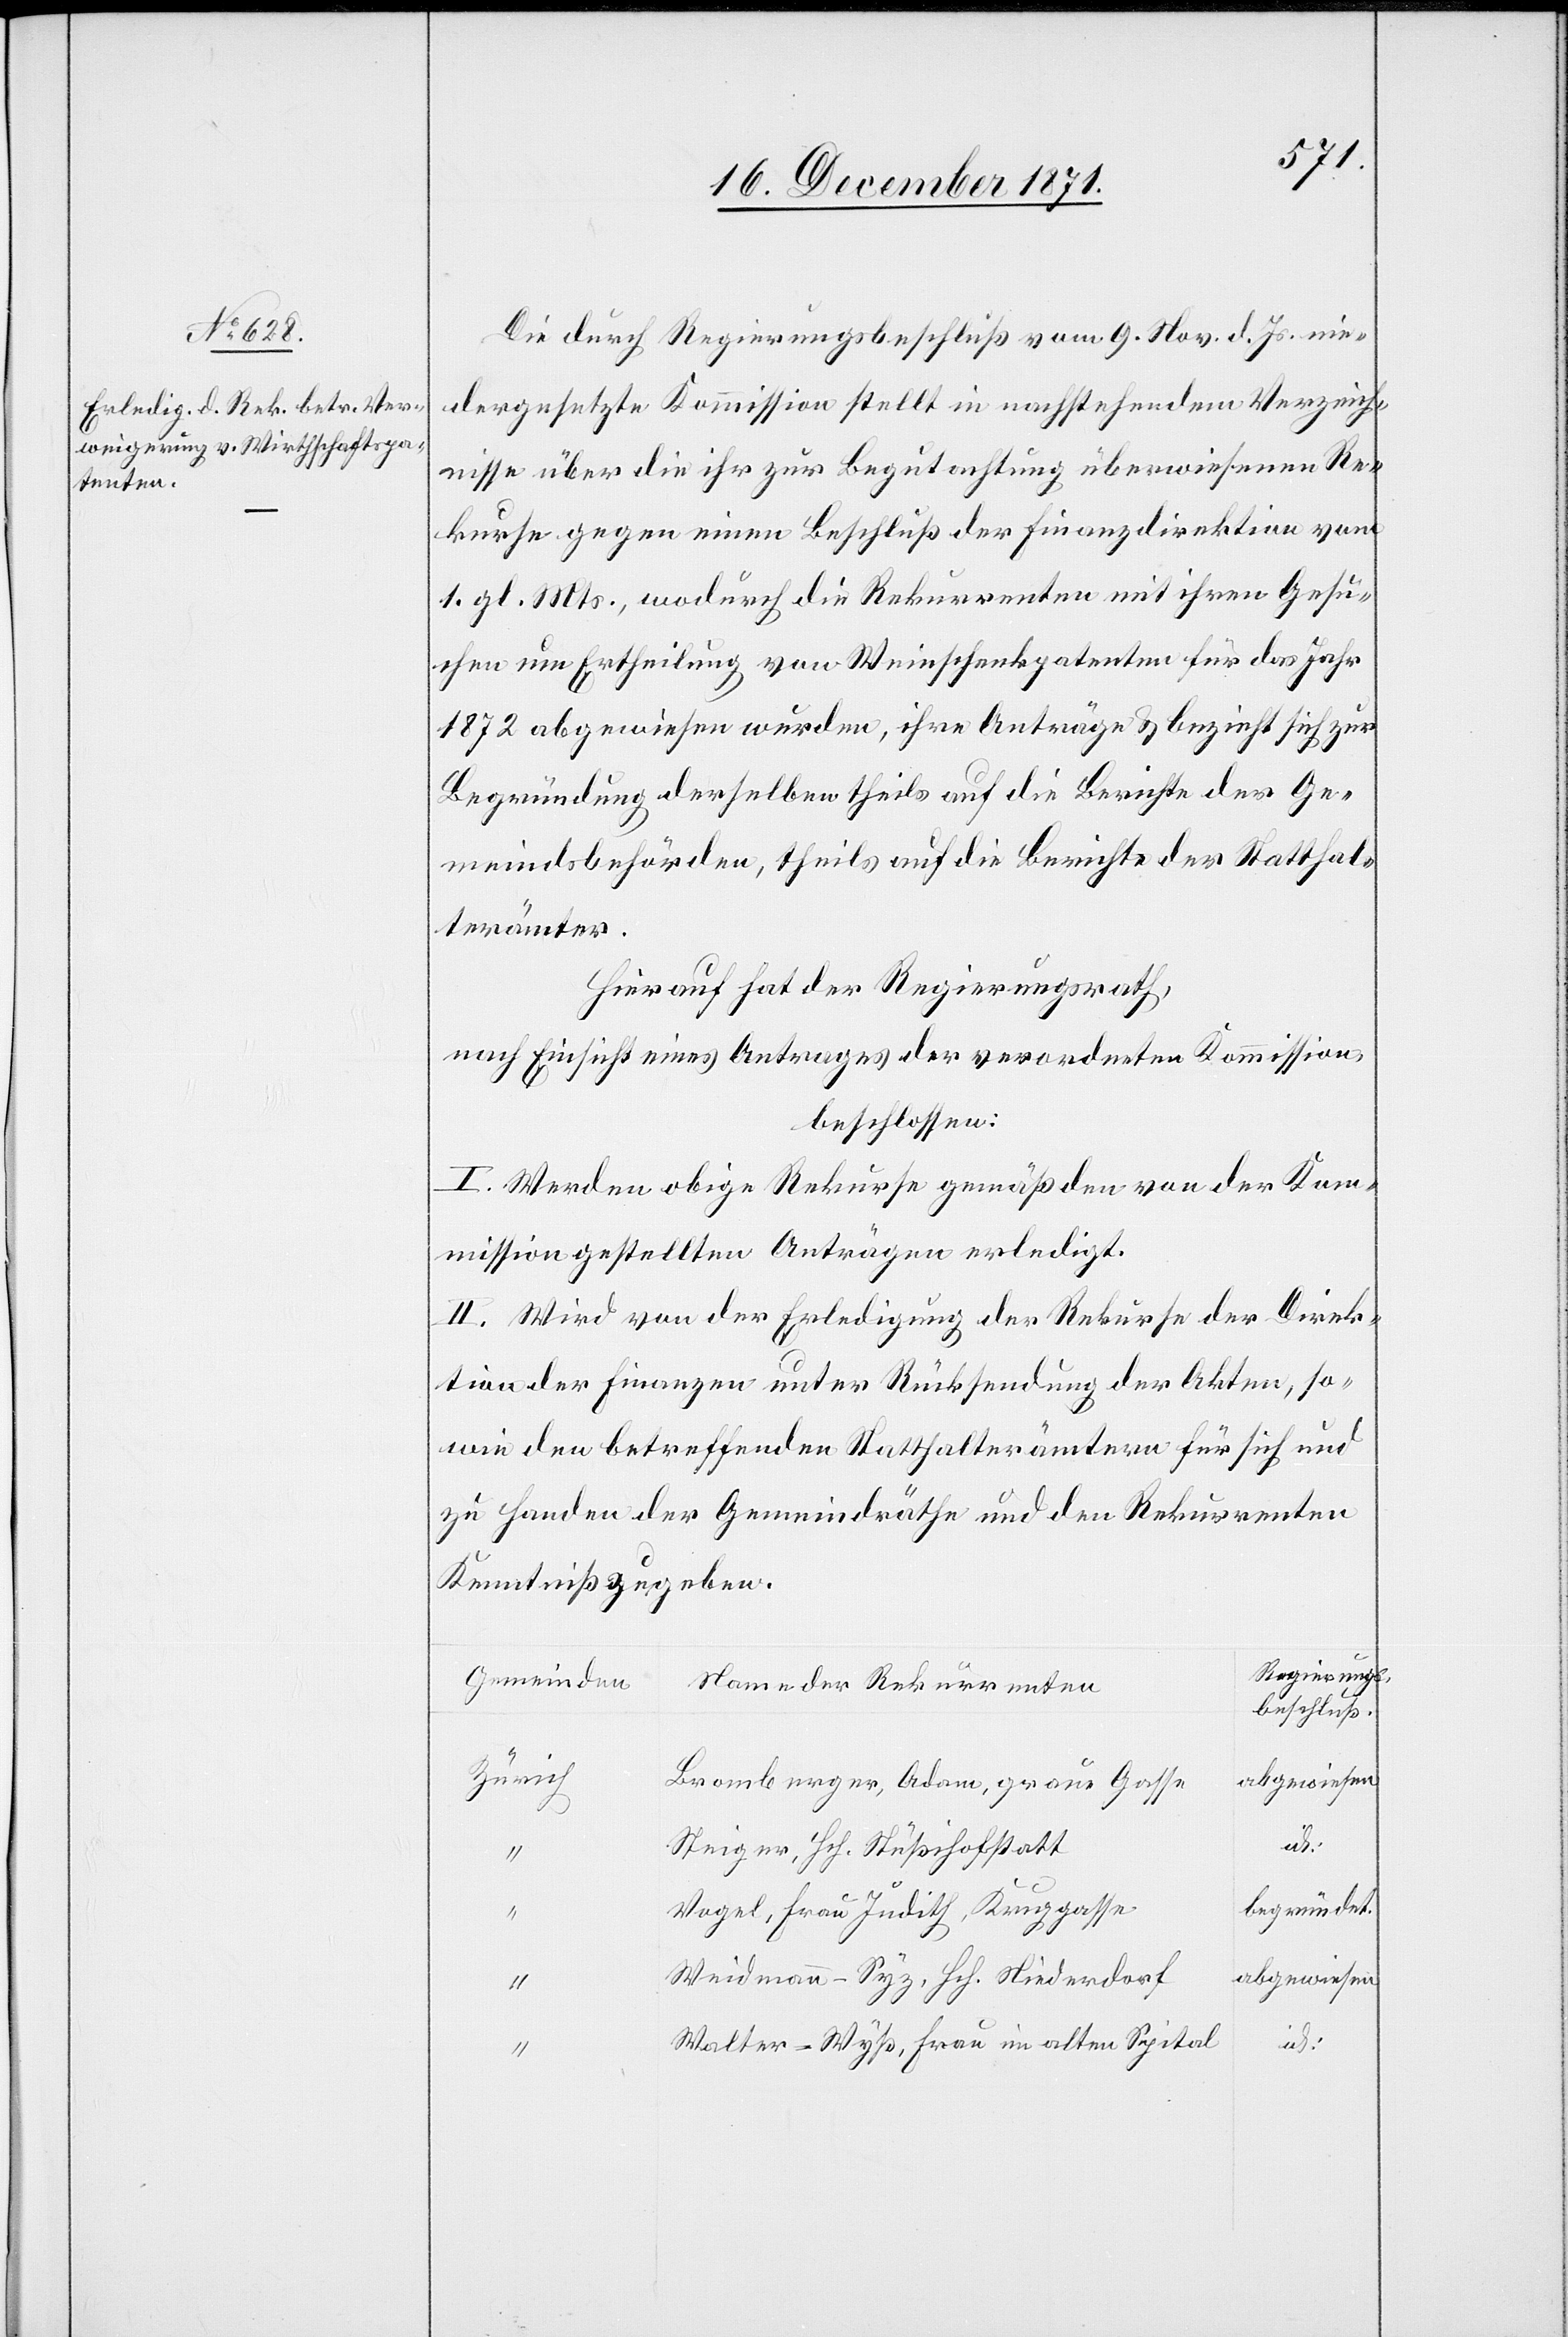
Die durch Regierungsbeschluß vom 9. Nov. d. Js. nie¬
dergesetzte Kommission stellt in nachstehendem Verzeich¬
nisse über die ihr zur Begutachtung überwiesenen Re¬
kurse gegen einen Beschluß der Finanzdirektion vom
1. gl. Mts, wodurch die Rekurrenten mit ihren Gesu¬
chen um Ertheilung von Weinschenkpatenten für das Jahr
1872 abgewiesen wurden, ihre Anträge & bezieht sich zur
Begründung derselben theils auf die Berichte der Ge¬
meindsbehörden, theils auf die Berichte der Statthal¬
terämter.
Hierauf hat der Regierungsrath,
nach Einsicht eines Antrages der verordneten Kommission
beschlossen:
I. Werden obige Rekurse gemäß den von der Kom¬
mission gestellten Anträgen erledigt.
II. Wird von der Erledigung der Rekurse der Direk¬
tion der Finanzen unter Rücksendung der Akten, so¬
wie den betreffenden Statthalterämtern für sich und
zu Handen der Gemeindräthe und den Rekurrenten
Kenntniß zu geben
Regierungs¬
Gemeinde
Name der Rekurrenten
beschluß.
Zürich
Bromberger, Adam, graue Gasse
id.
Steiger, Hch. Stüßihofstatt
begründet.
Vogel, Frau Judith, Kruggasse
Weidmann-Syz, Hch. Niederdorf
abgewiesen
Walter-Wyß, Frau im alten Spital